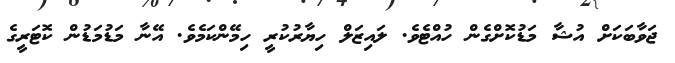
ޖަވާބަކަށް އުޝާ މަޑުކޮށްގެން ހުއްޓެވެ. ލައިޒަލް ހިޔާރުކުރީ ހިމޭންކަމެވެ. އޭނާ މަޑުމަޑުން ކޮޓަރީގެ